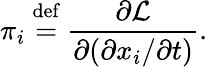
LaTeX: \pi_{i}\ {\stackrel{\mathrm{def}}{=}}\ {\frac{\partial{\mathcal{L}}}{\partial(\partial x_{i}/\partial t)}}.